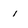
Character: i